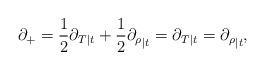
LaTeX: \begin{align*}\partial_+= \frac{1}{2} {\partial_T}_{|t}+ \frac{1}{2}{\partial_\rho}_{|t} = {\partial_T}_{| t} = {\partial_\rho}_{| t},\end{align*}